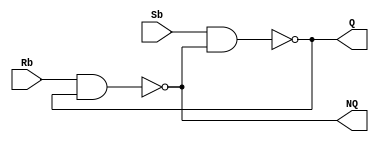
`timescale 1ns/100ps
module Lab3_SbRb_Latch_gatelevel(output Q, NQ, 
                                 input Sb, Rb);

    nand #(2) (Q, Sb, NQ);
    nand #(2) (NQ, Rb, Q);

endmodule